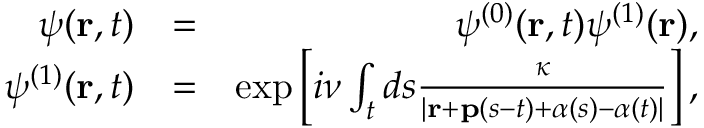
\begin{array} { r l r } { \psi ( \mathbf { r } , t ) } & { = } & { \psi ^ { ( 0 ) } ( \mathbf { r } , t ) \psi ^ { ( 1 ) } ( \mathbf { r } ) , } \\ { \psi ^ { ( 1 ) } ( \mathbf { r } , t ) } & { = } & { \exp \left[ i \nu \int _ { t } d s \frac { \kappa } { | \mathbf { r } + \mathbf { p } ( s - t ) + \boldsymbol { \alpha } ( s ) - \boldsymbol { \alpha } ( t ) | } \right] , } \end{array}